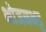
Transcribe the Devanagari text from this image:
भोजनभट्ट